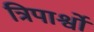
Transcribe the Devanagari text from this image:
त्रिपार्श्वों